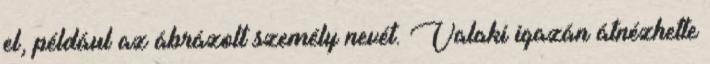
el, például az ábrázolt személy nevét. Valaki igazán átnézhette